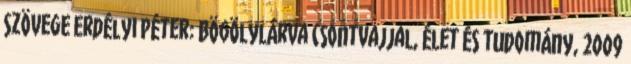
szövege Erdélyi Péter: Bögölylárva csontvajjal, Élet és Tudomány, 2009